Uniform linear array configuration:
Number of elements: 8
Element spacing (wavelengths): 0.25
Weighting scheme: kaiser
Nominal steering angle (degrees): -45
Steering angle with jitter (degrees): -46.924
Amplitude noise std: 0.05
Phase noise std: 0.05

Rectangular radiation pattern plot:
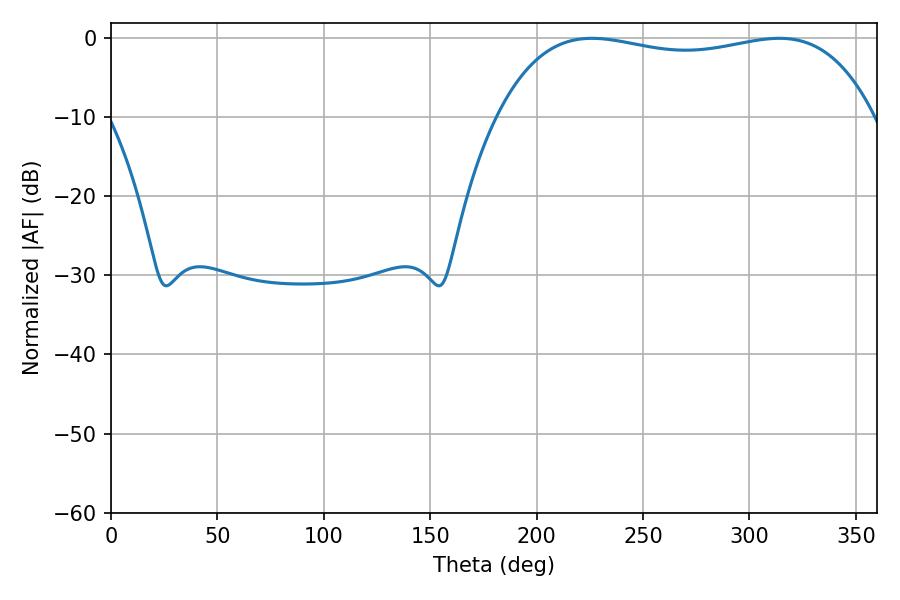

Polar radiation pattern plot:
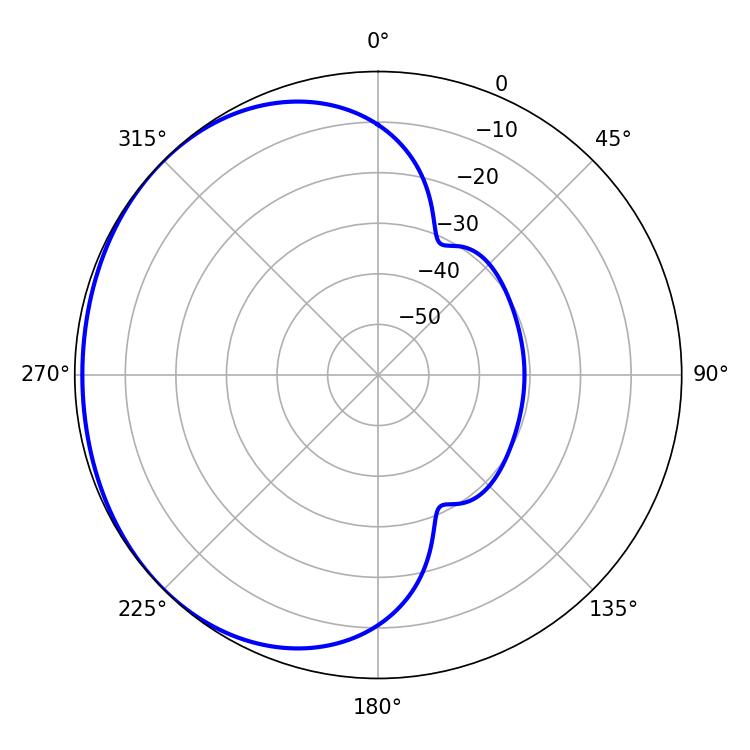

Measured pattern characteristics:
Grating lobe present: FALSE
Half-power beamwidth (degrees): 142.2
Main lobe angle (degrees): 225.9